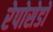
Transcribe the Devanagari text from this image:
रेपोसेडो